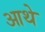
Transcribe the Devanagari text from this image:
आथे